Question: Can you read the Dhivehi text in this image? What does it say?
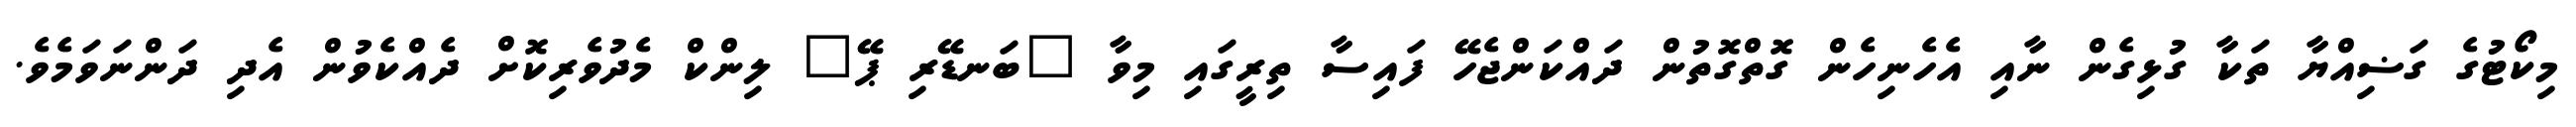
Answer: މިކޯޓުގެ ގަޟިއްޔާ ތަކާ ގުޅިގެން ނާއި އެހެނިހެން ގޮތްގޮތުން ދައްކަންޖެހޭ ފައިސާ ތިރީގައި މިވާ "ބަނޑޭރި ޕޭ" ލިންކް މެދުވެރިކޮށް ދެއްކެވުން އެދި ދަންނަވަމެވެ.